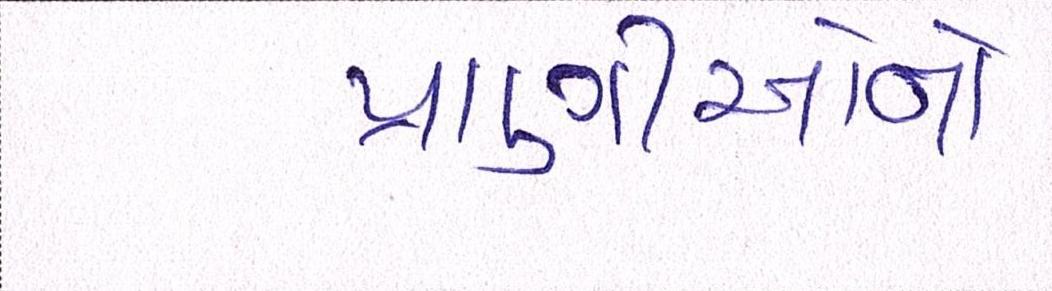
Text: પ્રાણીઓનો